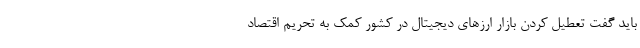
باید گفت تعطیل کردن بازار ارز‌های دیجیتال در کشور کمک به تحریم اقتصاد